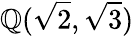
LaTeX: \mathbb{Q}({\sqrt{2}},{\sqrt{3}})